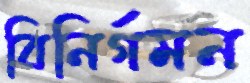
বিনির্গমন